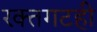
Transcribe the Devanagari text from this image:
रक्तगटही